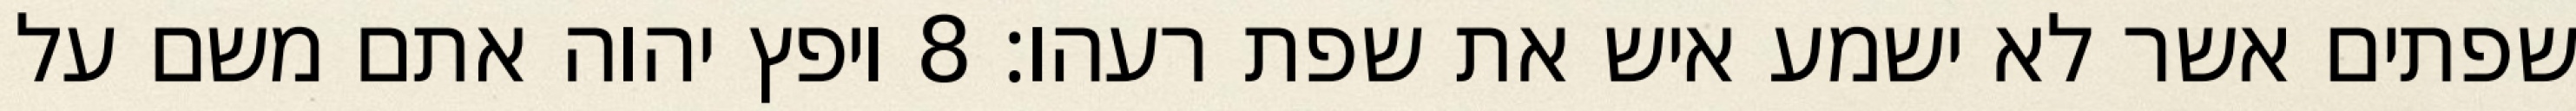
שפתים אשר לא ישמע איש את שפת רעהו׃ ‎8‏ ויפץ יהוה אתם משם על